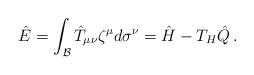
LaTeX: \begin{align*}\hat{E}=\int_{\cal B} \hat{T}_{\mu\nu}\zeta^{\mu}d\sigma^{\nu}=\hat{H}-T_H\hat{Q}\, .\end{align*}